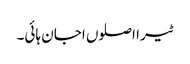
ٹیرا اصلوں اجان ہائی۔